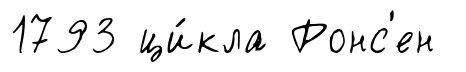
1793 ци́кла Ронс'ен